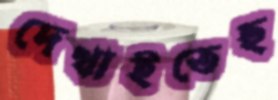
দেখাইতেছ